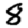
Digit: 8